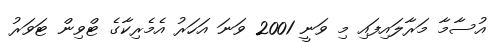
އުސާމާ މަރާލައިފައި މި ވަނީ 2001 ވަނަ އަހަރު އެމެރިކާގެ ޓްވިން ޓަވަރު